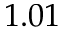
1 . 0 1